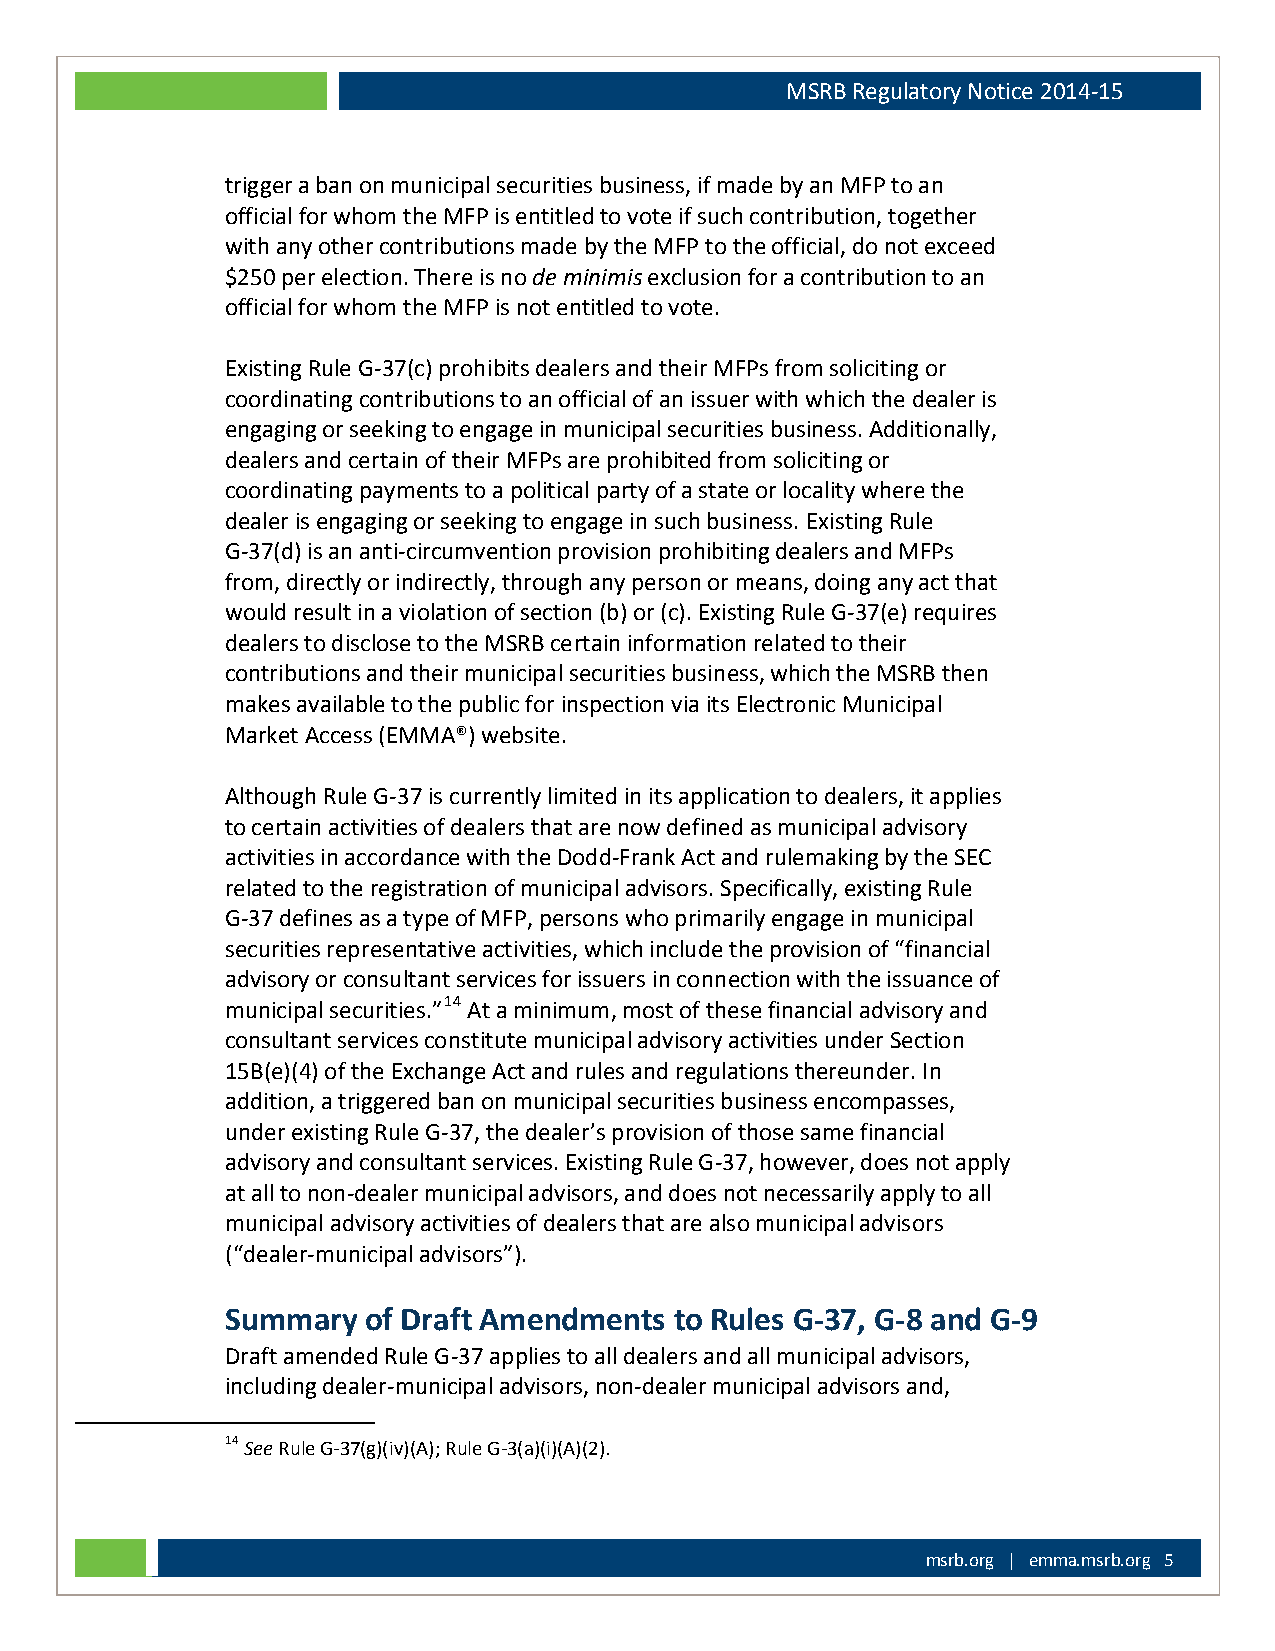
MSRB Regulatory Notice 2014-15
 trigger a ban on municipal securities business, if made by an MFP to an
 official for whom the MFP is entitled to vote if such contribution, together
 with any other contributions made by the MFP to the official, do not exceed
 $250 per election. There is no de minimis exclusion for a contribution to an
 official for whom the MFP is not entitled to vote.
 Existing Rule G-37(c) prohibits dealers and their MFPs from soliciting or
 coordinating contributions to an official of an issuer with which the dealer is
 engaging or seeking to engage in municipal securities business. Additionally,
 dealers and certain of their MFPs are prohibited from soliciting or
 coordinating payments to a political party of a state or locality where the
 dealer is engaging or seeking to engage in such business. Existing Rule
 G-37(d) is an anti-circumvention provision prohibiting dealers and MFPs
 from, directly or indirectly, through any person or means, doing any act that
 would result in a violation of section (b) or (c). Existing Rule G-37(e) requires
 dealers to disclose to the MSRB certain information related to their
 contributions and their municipal securities business, which the MSRB then
 makes available to the public for inspection via its Electronic Municipal
 Market Access (EMMA®) website.
 Although Rule G-37 is currently limited in its application to dealers, it applies
 to certain activities of dealers that are now defined as municipal advisory
 activities in accordance with the Dodd-Frank Act and rulemaking by the SEC
 related to the registration of municipal advisors. Specifically, existing Rule
 G-37 defines as a type of MFP, persons who primarily engage in municipal
 securities representative activities, which include the provision of “financial
 advisory or consultant services for issuers in connection with the issuance of
 municipal securities.”14 At a minimum, most of these financial advisory and
 consultant services constitute municipal advisory activities under Section
 15B(e)(4) of the Exchange Act and rules and regulations thereunder. In
 addition, a triggered ban on municipal securities business encompasses,
 under existing Rule G-37, the dealer’s provision of those same financial
 advisory and consultant services. Existing Rule G-37, however, does not apply
 at all to non-dealer municipal advisors, and does not necessarily apply to all
 municipal advisory activities of dealers that are also municipal advisors
 (“dealer-municipal advisors”).
 Summary  of Draft Amendments  to Rules G-37, G-8 and G-9
 Draft amended Rule G-37 applies to all dealers and all municipal advisors,
 including dealer-municipal advisors, non-dealer municipal advisors and,
 14 See Rule G-37(g)(iv)(A); Rule G-3(a)(i)(A)(2).
 msrb.org | emma.msrb.org 5